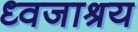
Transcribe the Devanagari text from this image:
ध्वजाश्रय